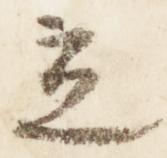
立